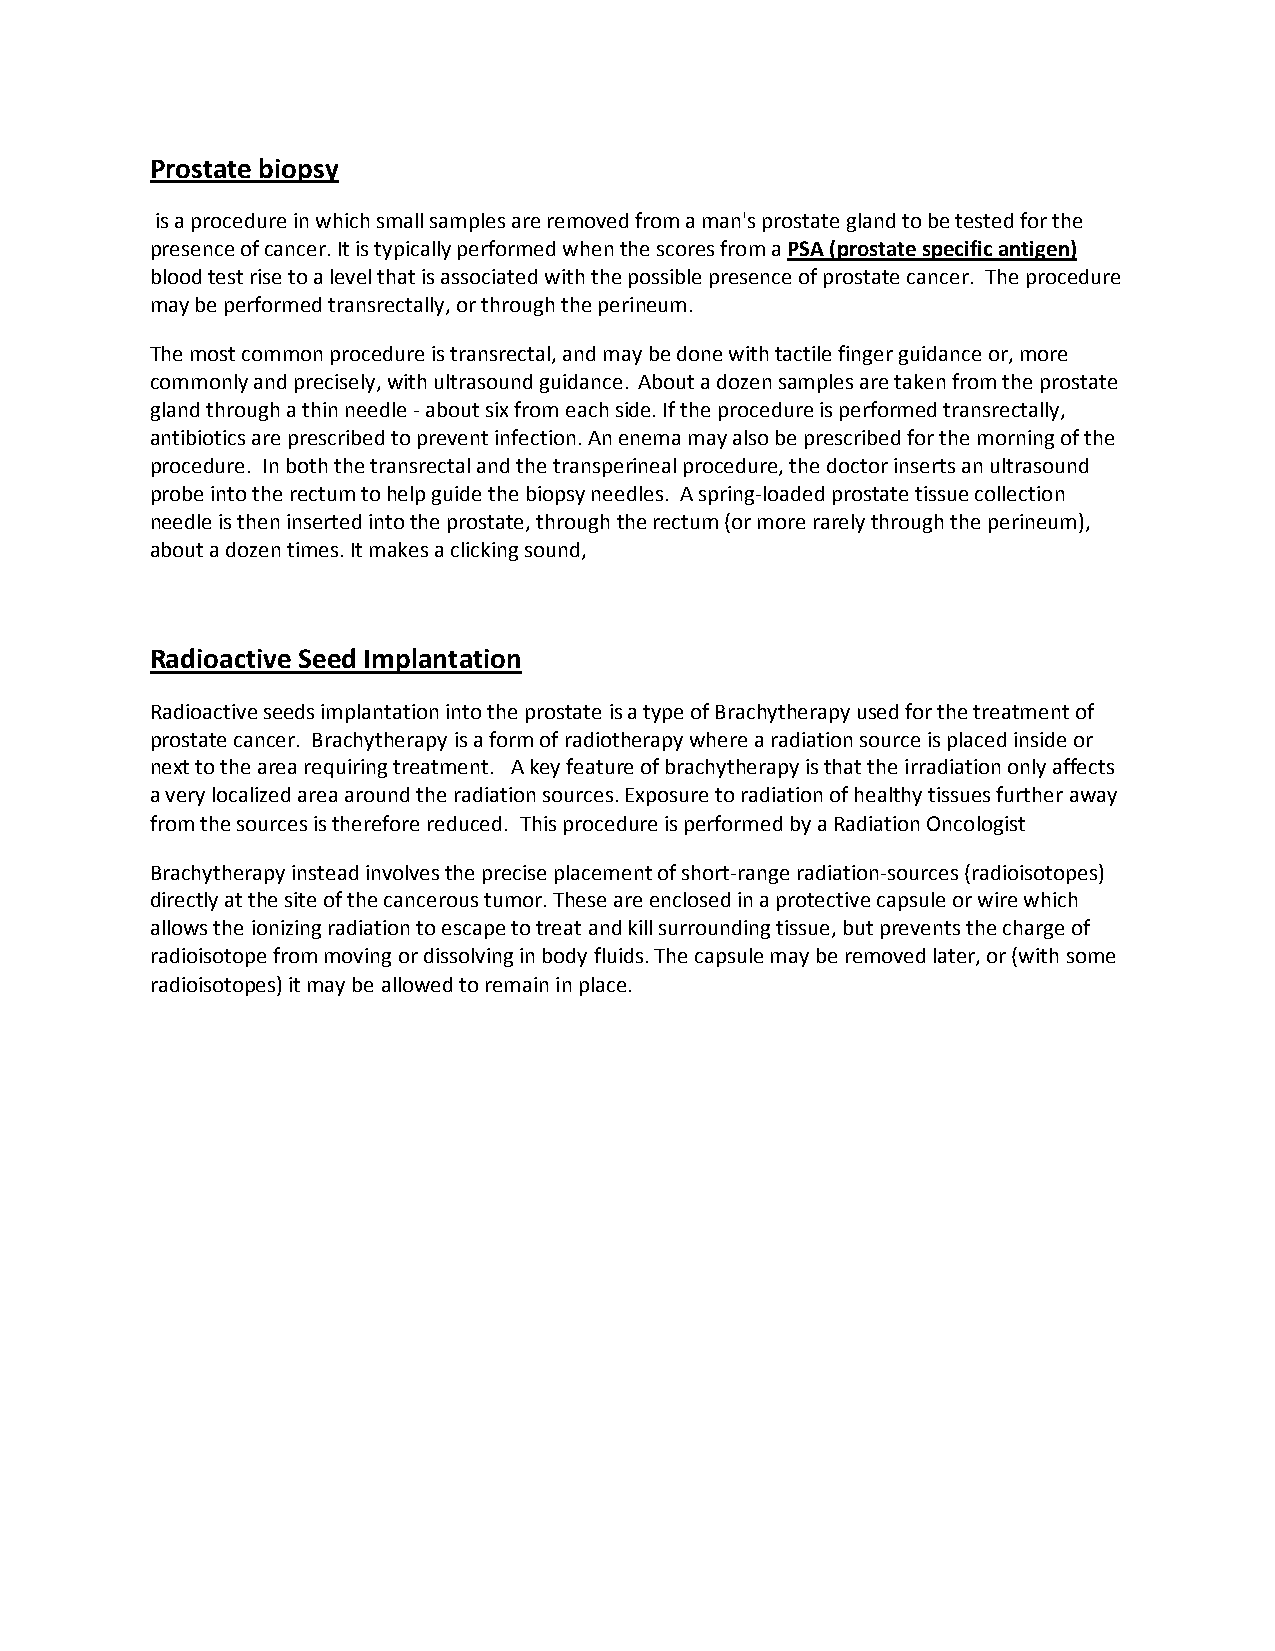
Prostate biopsy
 is a procedure in which small samples are removed from a man's prostate gland to be tested for the
 presence of cancer. It is typically performed when the scores from a PSA (prostate specific antigen)
 blood test rise to a level that is associated with the possible presence of prostate cancer. The procedure
 may be performed transrectally, or through the perineum.
 The most common procedure is transrectal, and may be done with tactile finger guidance or, more
 commonly and precisely, with ultrasound guidance. About a dozen samples are taken from the prostate
 gland through a thin needle - about six from each side. If the procedure is performed transrectally,
 antibiotics are prescribed to prevent infection. An enema may also be prescribed for the morning of the
 procedure. In both the transrectal and the transperineal procedure, the doctor inserts an ultrasound
 probe into the rectum to help guide the biopsy needles. A spring-loaded prostate tissue collection
 needle is then inserted into the prostate, through the rectum (or more rarely through the perineum),
 about a dozen times. It makes a clicking sound,
 Radioactive Seed Implantation
 Radioactive seeds implantation into the prostate is a type of Brachytherapy used for the treatment of
 prostate cancer. Brachytherapy is a form of radiotherapy where a radiation source is placed inside or
 next to the area requiring treatment. A key feature of brachytherapy is that the irradiation only affects
 a very localized area around the radiation sources. Exposure to radiation of healthy tissues further away
 from the sources is therefore reduced. This procedure is performed by a Radiation Oncologist
 Brachytherapy instead involves the precise placement of short-range radiation-sources (radioisotopes)
 directly at the site of the cancerous tumor. These are enclosed in a protective capsule or wire which
 allows the ionizing radiation to escape to treat and kill surrounding tissue, but prevents the charge of
 radioisotope from moving or dissolving in body fluids. The capsule may be removed later, or (with some
 radioisotopes) it may be allowed to remain in place.